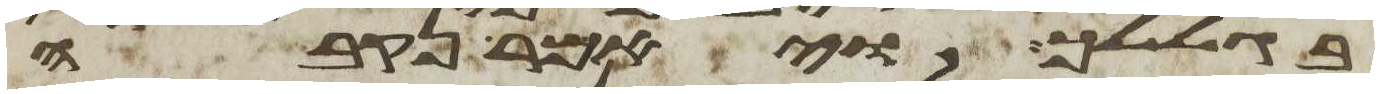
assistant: בגללך ויאמר נקבה